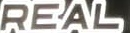
REAL